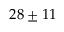
2 8 \pm 1 1